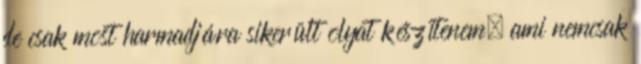
de csak most harmadjára sikerült olyat készítenem, ami nemcsak